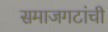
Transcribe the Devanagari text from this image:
समाजगटांची